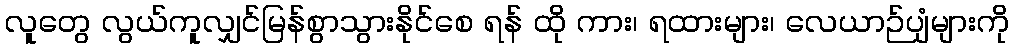
လူတွေ လွယ်ကူလျှင်မြန်စွာသွားနိုင်စေ ရန် ထို ကား၊ ရထားများ၊ လေယာဉ်ပျံများကို